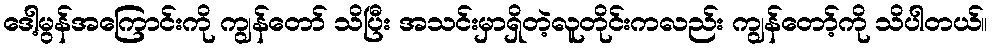
ဒေါ့မွန်အကြောင်းကို ကျွန်တော် သိပြီး အသင်းမှာရှိတဲ့လူတိုင်းကလည်း ကျွန်တော့်ကို သိပါတယ်။